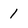
Character: 1